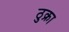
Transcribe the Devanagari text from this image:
ठुक्रा